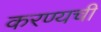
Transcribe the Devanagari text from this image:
करण्यची